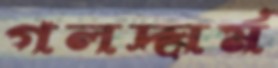
গলদ্ঘর্ম